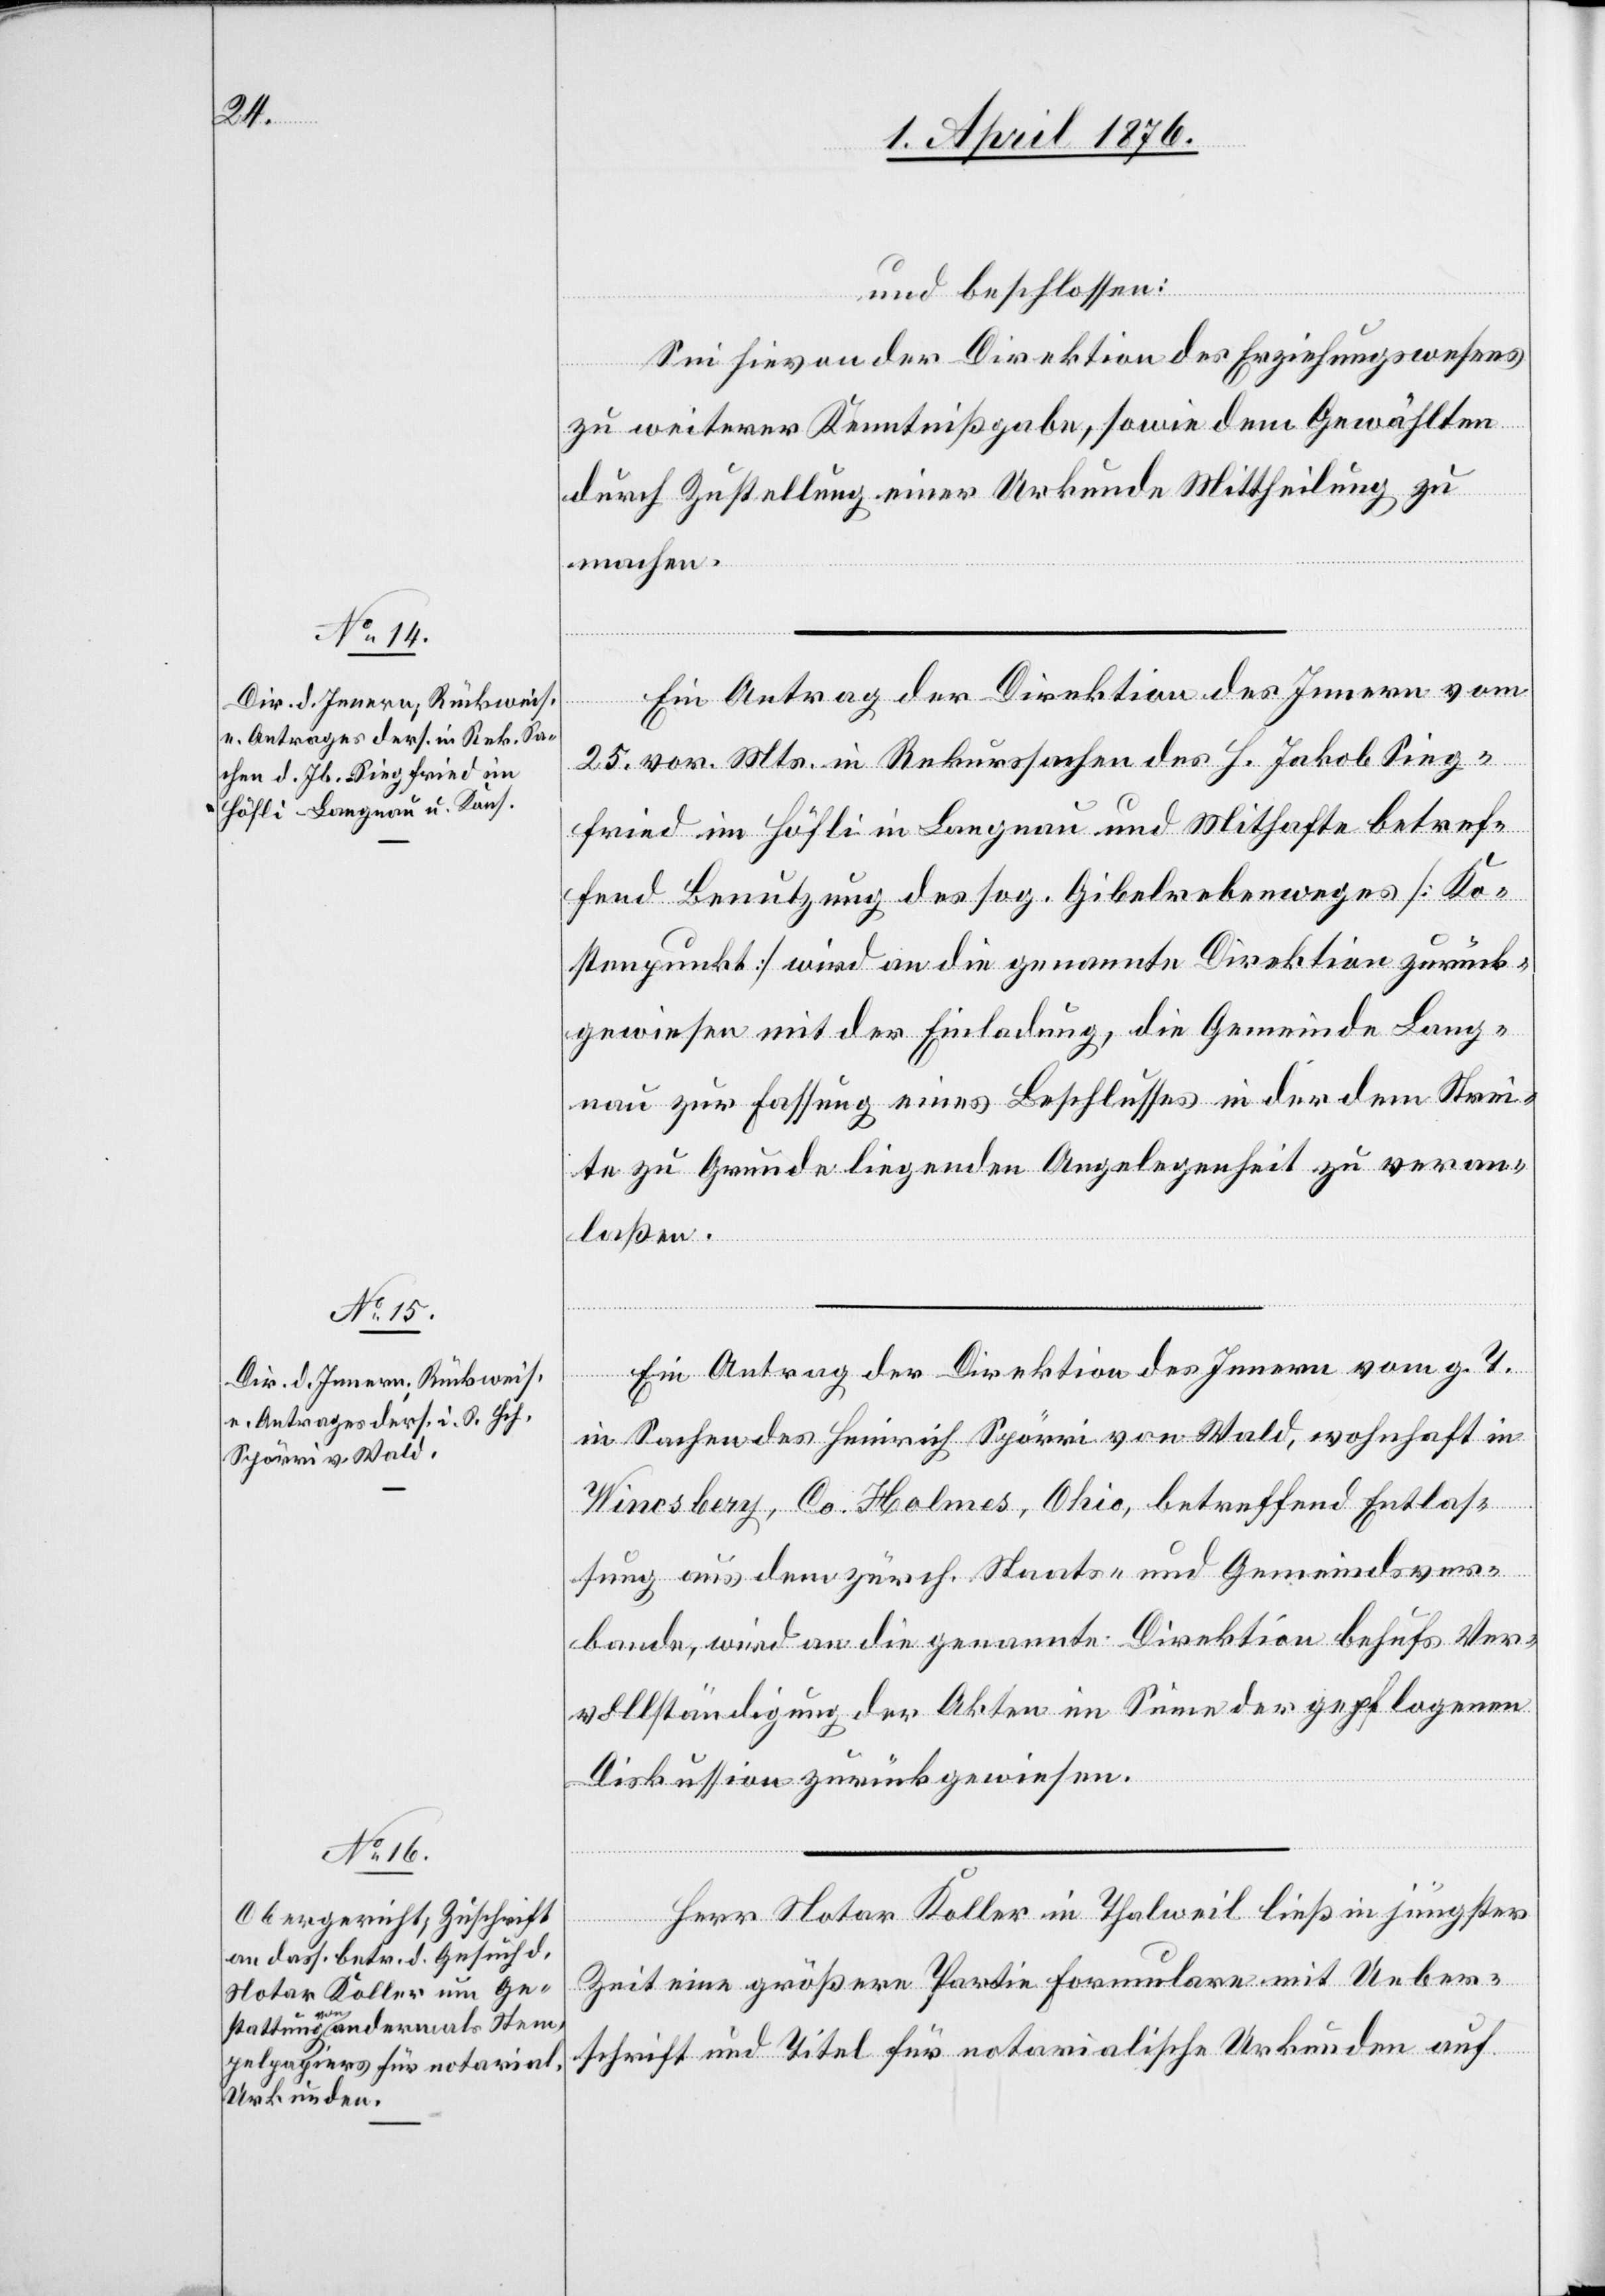
und beschlossen:
Sei hievon der Direktion des Erziehungswesens
zu weiterer Kenntnißgabe, sowie dem Gewählten
durch Zustellung einer Urkunde Mittheilung zu
machen.
Ein Antrag der Direktion des Innern vom
25. vor. Mts. in Rekurssachen des H. Jakob Sieg¬
fried im Höfli in Langnau und Mithafte betref¬
fend Benutzung des sog. Giebelrebenweges [Ko¬
stenpunkt] wird an die genannte Direktion zurück¬
gewiesen mit der Einladung, die Gemeinde Lang¬
nau zur Fassung eines Beschlusses in der dem Strei¬
te zu Grunde liegenden Angelegenheit zu veran¬
laßen.
Ein Antrag der Direktion des Innern vom g. T.
in Sachen des Heinrich Spörri von Wald, wohnhaft in
Wincsberg, Co. Holmes, Ohio, betreffend Entlas¬
sung aus dem zürch. Staats- und Gemeindever¬
bande, wird an die genannten Direktion behufs Ver¬
vollständigung der Akten im Sinne der gepflogenen
Diskussion zurückgewiesen.
Herr Notar Koller in Thalweil ließ in jüngster
Zeit eine größere Partie Formulare mit Ueber¬
schrift und Titel für notarialische Urkunden auf